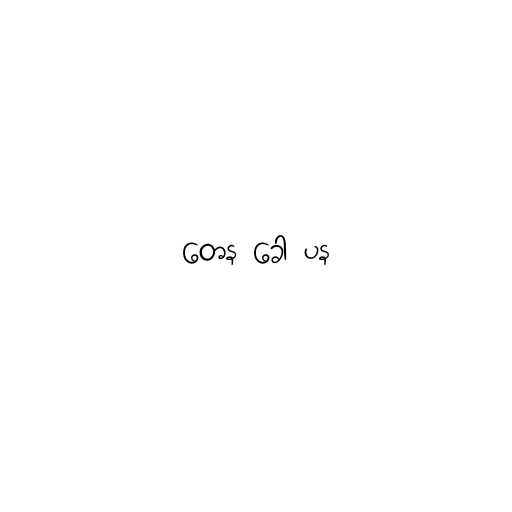
တေန ခေါ ပန